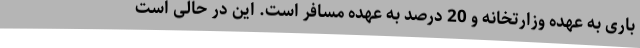
باری به عهده وزارتخانه و 20 درصد به عهده مسافر است. این در حالی است